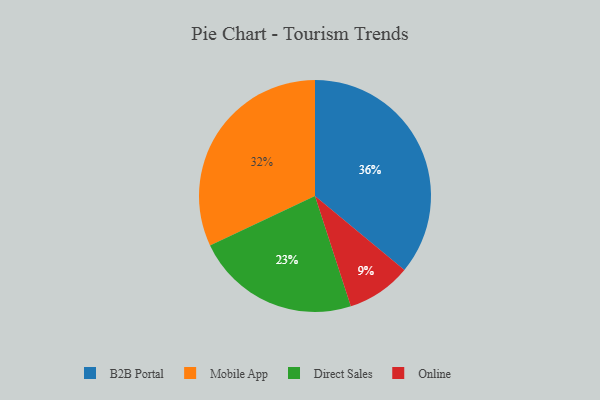
{"axis": {"x": "Category", "y": "Percentage"}, "legend": ["B2B Portal", "Direct Sales", "Mobile App", "Online"], "data": [{"x": "Online", "y": 9, "type": "Online"}, {"x": "Direct Sales", "y": 23, "type": "Direct Sales"}, {"x": "Mobile App", "y": 32, "type": "Mobile App"}, {"x": "B2B Portal", "y": 36, "type": "B2B Portal"}]}